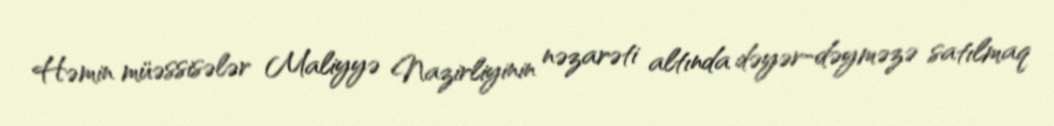
Həmin müəssisələr Maliyyə Nazirliyinin nəzarəti altında dəyər-dəyməzə satılmaq